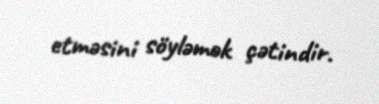
etməsini söyləmək çətindir.